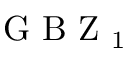
\mathrm { ~ G ~ B ~ Z ~ } _ { 1 }